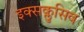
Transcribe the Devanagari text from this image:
इक्सक्लुसिव